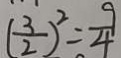
( \frac { 3 } { 2 } ) ^ { 2 } = \frac { 9 } { 4 }